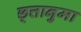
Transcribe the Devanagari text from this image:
छ्त्तानुमा